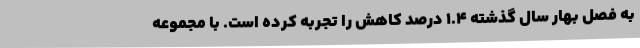
به فصل بهار سال گذشته 1.4 درصد کاهش را تجربه کرده است. با مجموعه